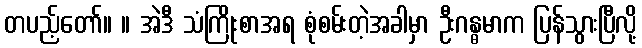
တပည့်တော်။ ။ အဲဒီ သံကြိုးစာအရ စုံစမ်းတဲ့အခါမှာ ဦးဂန္ဓမာက ပြန်သွားပြီလို့